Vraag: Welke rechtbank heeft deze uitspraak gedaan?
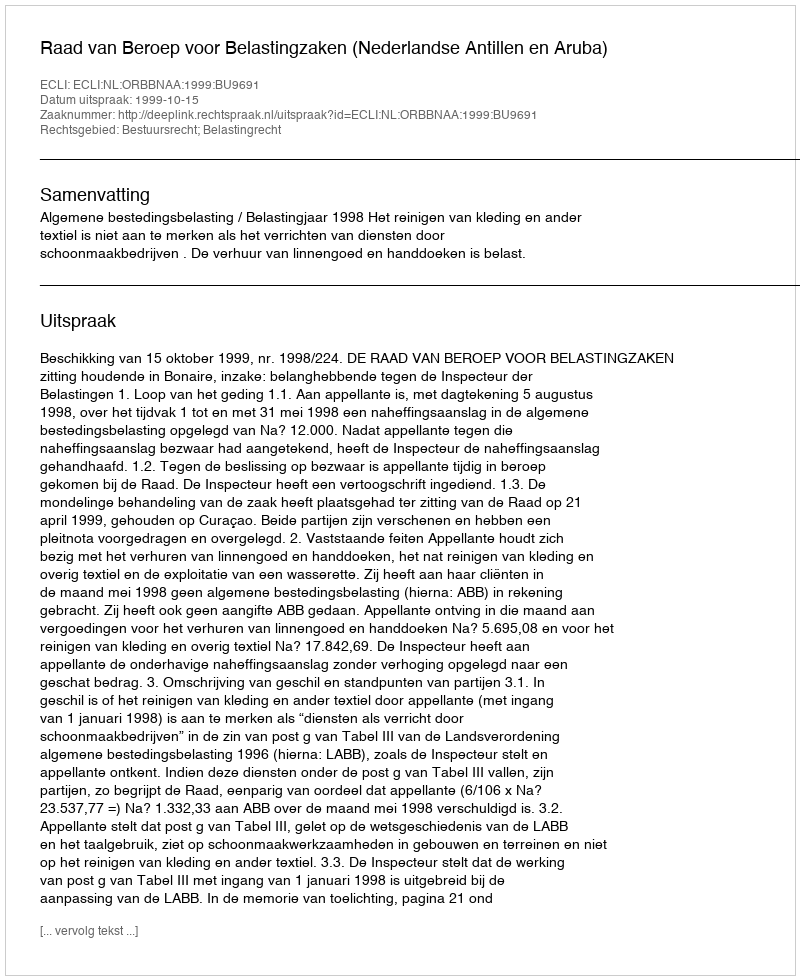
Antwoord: Raad van Beroep voor Belastingzaken (Nederlandse Antillen en Aruba)